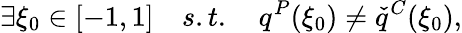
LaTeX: \exists\xi_{0}\in[-1,1]\quad s.t.\quad q^{P}(\xi_{0})\neq\check{q}^{C}(\xi_{0}),